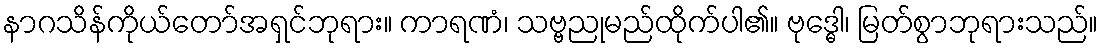
နာဂသိန်ကိုယ်တော်အရှင်ဘုရား။ ကာရဏံ၊ သဗ္ဗညုမည်ထိုက်ပါ၏။ ဗုဒ္ဓေါ၊ မြတ်စွာဘုရားသည်။